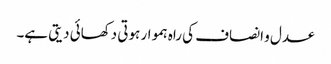
عدل و انصاف کی راہ ہموار ہوتی دکھائی دیتی ہے۔